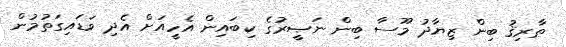
ޠާރިޤު ބިން ޒިޔާދު މޫސާ ބިން ނަޞީރުގެ ކިބައިން އެހީއަށް އެދި ވަޑައިގަތުމުން